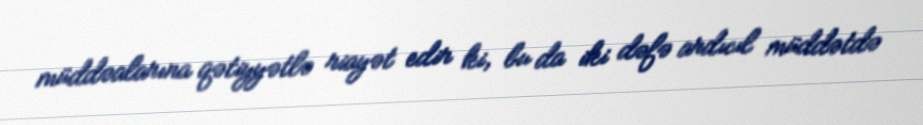
müddəalarına qətiyyətlə riayət edir ki, bu da iki dəfə ardıcıl müddətdə